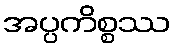
အပ္ပကိစ္စဿ